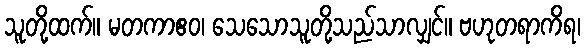
သူတို့ထက်။ မတကာဧဝ၊ သေသောသူတို့သည်သာလျှင်။ ဗဟုတရာကိရ၊